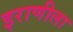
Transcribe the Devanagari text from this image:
इराणीला